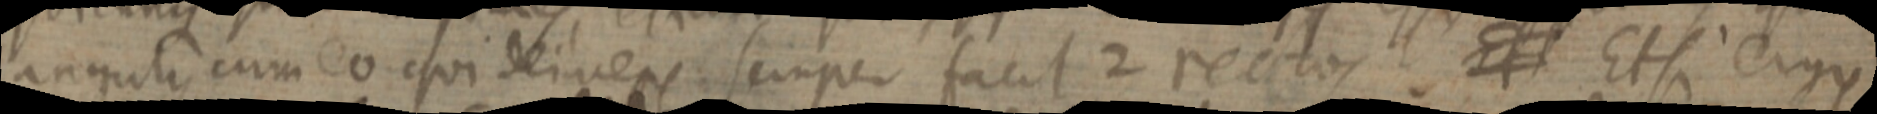
angulis cum eo qui deives semper facit 2 rectos Et Et si ergo